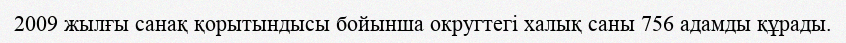
2009 жылғы санақ қорытындысы бойынша округтегі халық саны 756 адамды құрады.